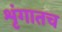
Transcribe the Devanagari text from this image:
शृंगातच